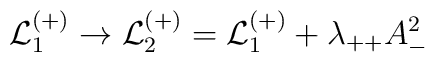
{\cal L}_1^{(+)}\rightarrow {\cal L}_2^{(+)}={\cal L}_1^{(+)}+\lambda_{++}A_-^2